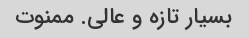
بسیار تازه و عالی. ممنوت